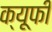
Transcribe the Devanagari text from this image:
क्यूफी